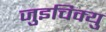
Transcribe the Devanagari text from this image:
जुइचिक्यु